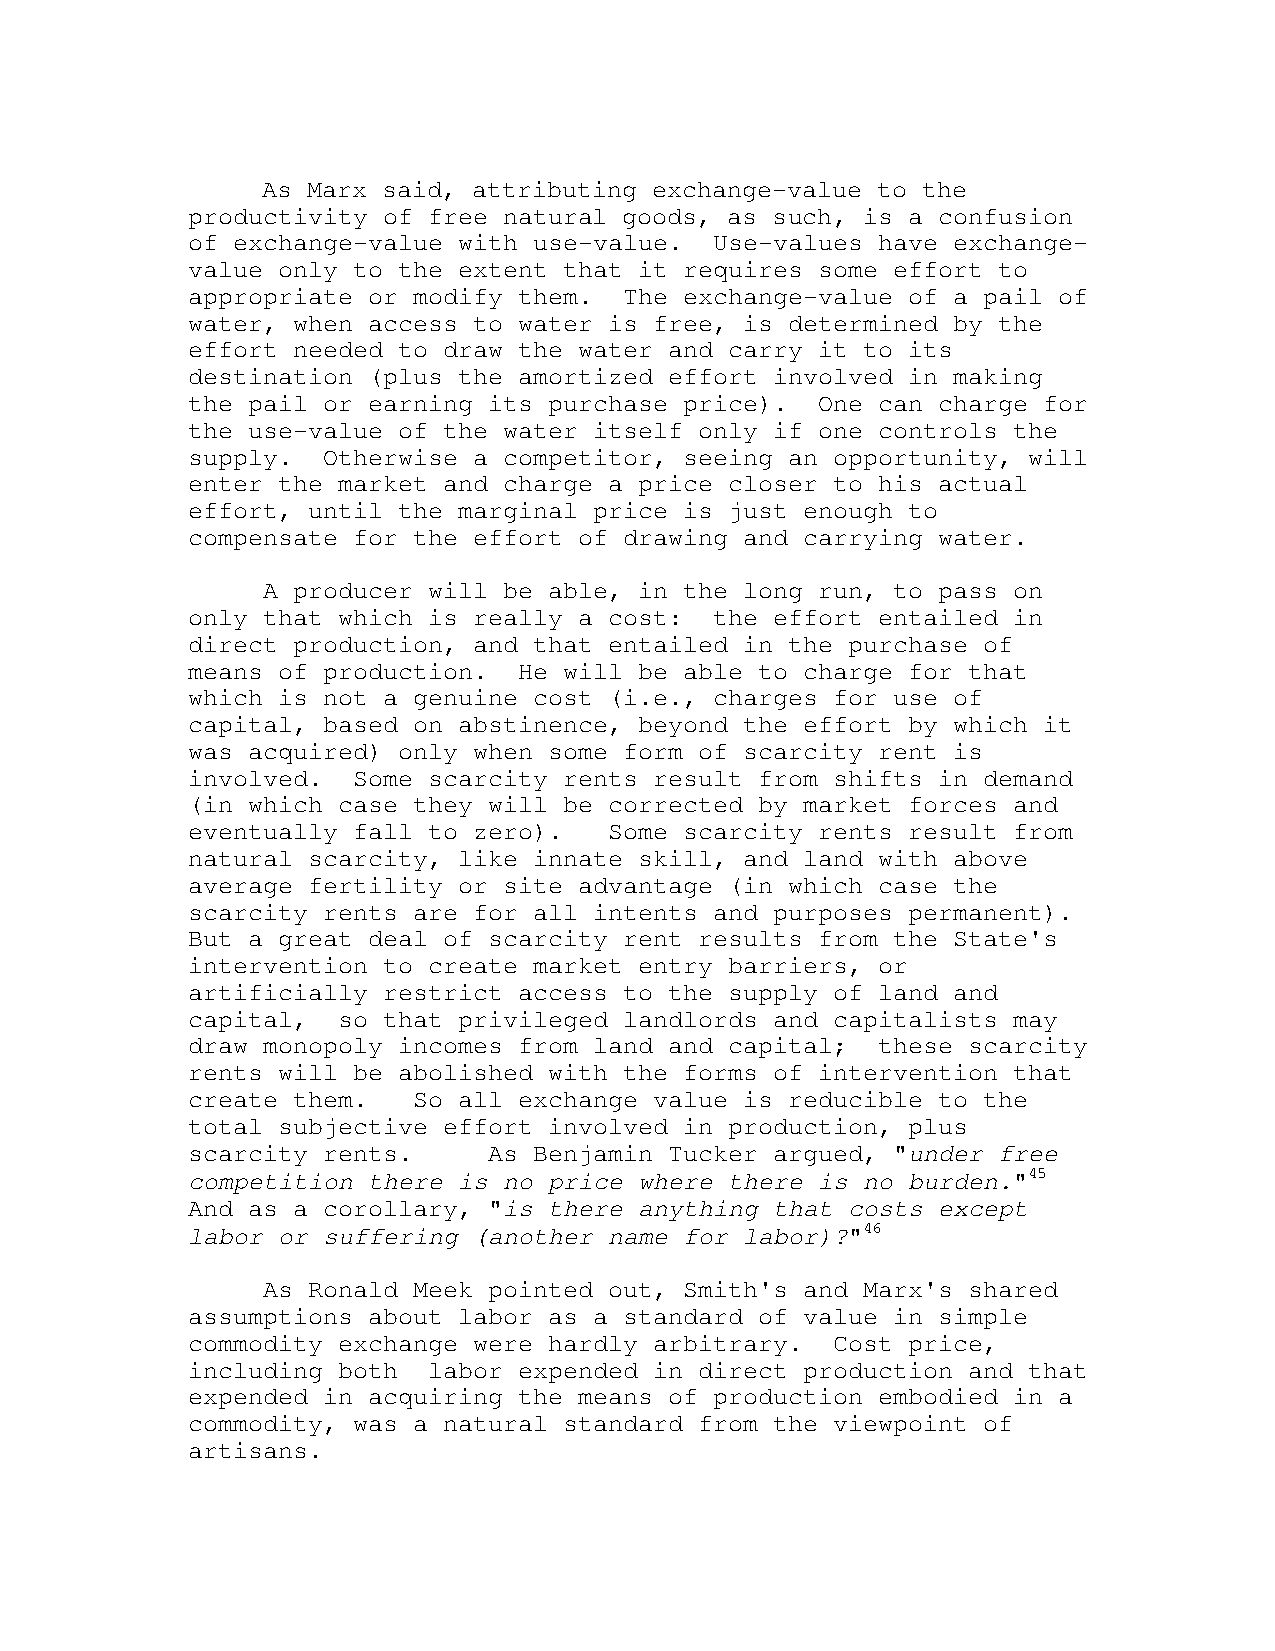
As Marx said, attributing exchange-value to the
 productivity of free natural goods, as such, is a confusion
 of exchange-value with use-value.  Use-values have exchange-
 value only to the extent that it requires some effort to
 appropriate or modify them.  The exchange-value of a pail of
 water, when access to water is free, is determined by the
 effort needed to draw the water and carry it to its
 destination (plus the amortized effort involved in making
 the pail or earning its purchase price).  One can charge for
 the use-value of the water itself only if one controls the
 supply.  Otherwise a competitor, seeing an opportunity, will
 enter the market and charge a price closer to his actual
 effort, until the marginal price is just enough to
 compensate for the effort of drawing and carrying water.
 A producer will be able, in the long run, to pass on
 only that which is really a cost:  the effort entailed in
 direct production, and that entailed in the purchase of
 means of production.  He will be able to charge for that
 which is not a genuine cost (i.e., charges for use of
 capital, based on abstinence, beyond the effort by which it
 was acquired) only when some form of scarcity rent is
 involved.  Some scarcity rents result from shifts in demand
 (in which case they will be corrected by market forces and
 eventually fall to zero).   Some scarcity rents result from
 natural scarcity, like innate skill, and land with above
 average fertility or site advantage (in which case the
 scarcity rents are for all intents and purposes permanent).
 But a great deal of scarcity rent results from the State's
 intervention to create market entry barriers, or
 artificially restrict access to the supply of land and
 capital,  so that privileged landlords and capitalists may
 draw monopoly incomes from land and capital;  these scarcity
 rents will be abolished with the forms of intervention that
 create them.   So all exchange value is reducible to the
 total subjective effort involved in production, plus
 scarcity rents.     As Benjamin Tucker argued, "under free
 competition there is no price where there is no burden."45
 And as a corollary, "is there anything that costs except
 labor or suffering (another name for labor)?"46
 As Ronald Meek pointed out, Smith's and Marx's shared
 assumptions about labor as a standard of value in simple
 commodity exchange were hardly arbitrary.  Cost price,
 including both  labor expended in direct production and that
 expended in acquiring the means of production embodied in a
 commodity, was a natural standard from the viewpoint of
 artisans.